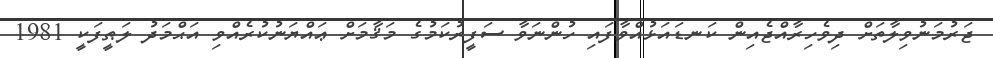
ޖަރުމަނުވިލާތަށް ދިވެހިރާއްޖެއިން ކަނޑައަޅުއްވާފައި ހުންނަވާ ސަފީރުކަމުގެ މަޤާމަށް ޢައްޔަނުކުރެއްވި އަޙްމަދު ލަޠީފަކީ 1981